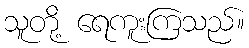
သူတို့ ရေကူးကြသည်။